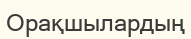
Орақшылардың